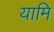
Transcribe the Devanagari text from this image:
यामि